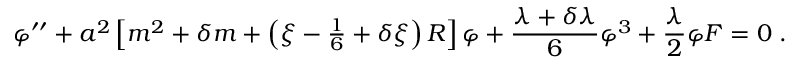
\varphi ^ { \prime \prime } + a ^ { 2 } \left[ m ^ { 2 } + \delta m + \left( \xi - { \textstyle \frac { 1 } { 6 } } + \delta \xi \right) R \right] \varphi + \frac { \lambda + \delta \lambda } { 6 } \varphi ^ { 3 } + \frac { \lambda } { 2 } \varphi { \cal F } = 0 \; .